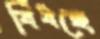
বিঁধছে